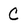
Character: C